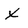
Character: X